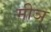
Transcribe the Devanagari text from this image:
मीञ